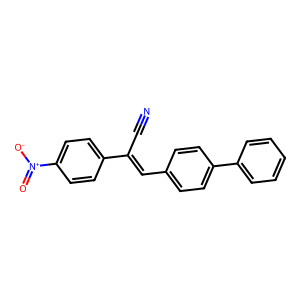
SMILES: N#CC(=Cc1ccc(-c2ccccc2)cc1)c1ccc([N+](=O)[O-])cc1
Inhibits HIV replication: No